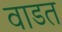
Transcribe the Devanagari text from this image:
वाडत